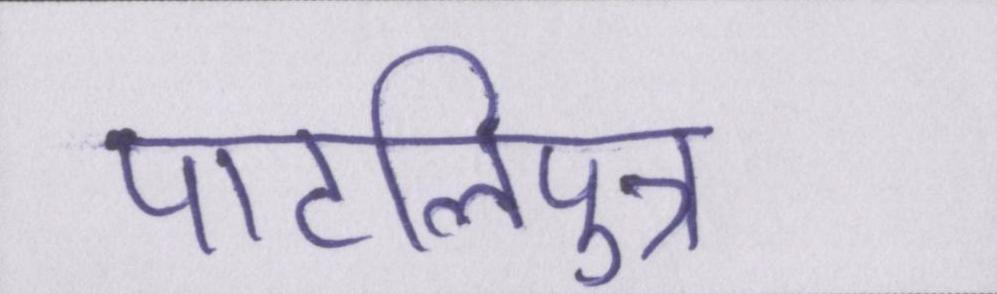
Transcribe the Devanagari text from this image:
पाटलिपुत्र